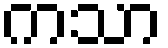
ကသာ